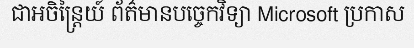
ជាអចិន្ត្រៃយ៍ ព័ត៌មានបច្ចេកវិទ្យា Microsoft ប្រកាស